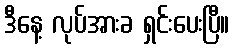
ဒီနေ့ လုပ်အားခ ရှင်းပေးပြီ။